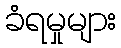
ခံရမှုများ